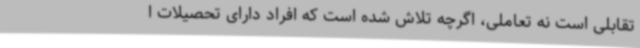
تقابلی است نه تعاملی، اگرچه تلاش شده است که افراد دارای تحصیلات ا